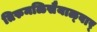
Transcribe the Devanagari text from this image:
तिरुमळिसैयाळ्वार्